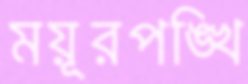
ময়ূরপঙ্খি